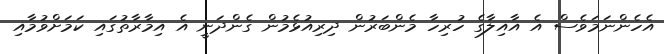
އެހެންނަމަވެސް އެ އާއިލާގެ ހުރިހާ މެންބަރުން ދިރިއުޅެމުން ގެންދަނީ އެ އިމާރާތުގައި ކަމަށްވުމާއި